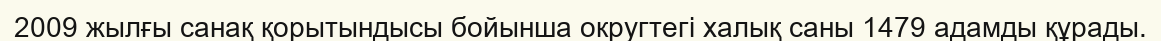
2009 жылғы санақ қорытындысы бойынша округтегі халық саны 1479 адамды құрады.